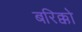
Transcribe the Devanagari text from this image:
बरिक्को